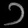
Digit: ၁